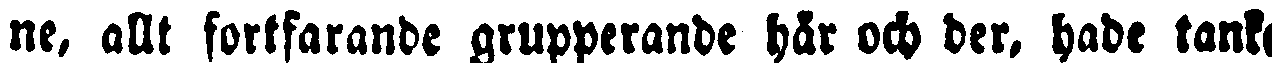
ne, allt fortfarande grupperande här och der, hade tanke